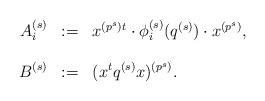
LaTeX: \begin{align*}\begin{array}{rcl}A_i^{(s)} & := & x^{(p^s)t}\cdot \phi^{(s)}_{i}(q^{(s)})\cdot x^{(p^s)},\\\ & \ & \ \\ B^{(s)} & := & (x^tq^{(s)}x)^{(p^s)}.\end{array}\end{align*}